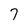
Character: 7